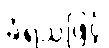
ခံရသဖြင့်